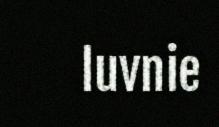
luvnie